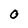
Character: 0